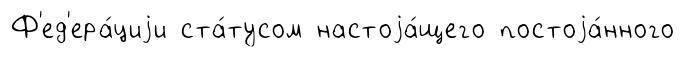
Ф'ед'ера́циjи ста́тусом настоjа́щего постоjа́нного